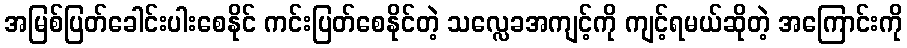
အမြစ်ပြတ်ခေါင်းပါးစေနိုင် ကင်းပြတ်စေနိုင်တဲ့ သလ္လေခအကျင့်ကို ကျင့်ရမယ်ဆိုတဲ့ အကြောင်းကို